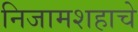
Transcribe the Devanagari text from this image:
निजामशहाचे